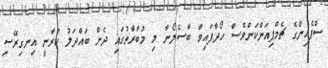
ސްޕެއިންގެ ޗެމްޕިއަންކަންވެސް ހޯދާފައިވާ ބާސެލޯނާ މި މުބާރާތުގައި ދެން ބައްދަލު ކުރާނީ އިނގިރޭސި